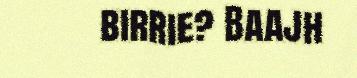
birrie? Baajh